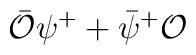
\bar{\mathcal O}\psi^++\bar\psi^+{\mathcal O}